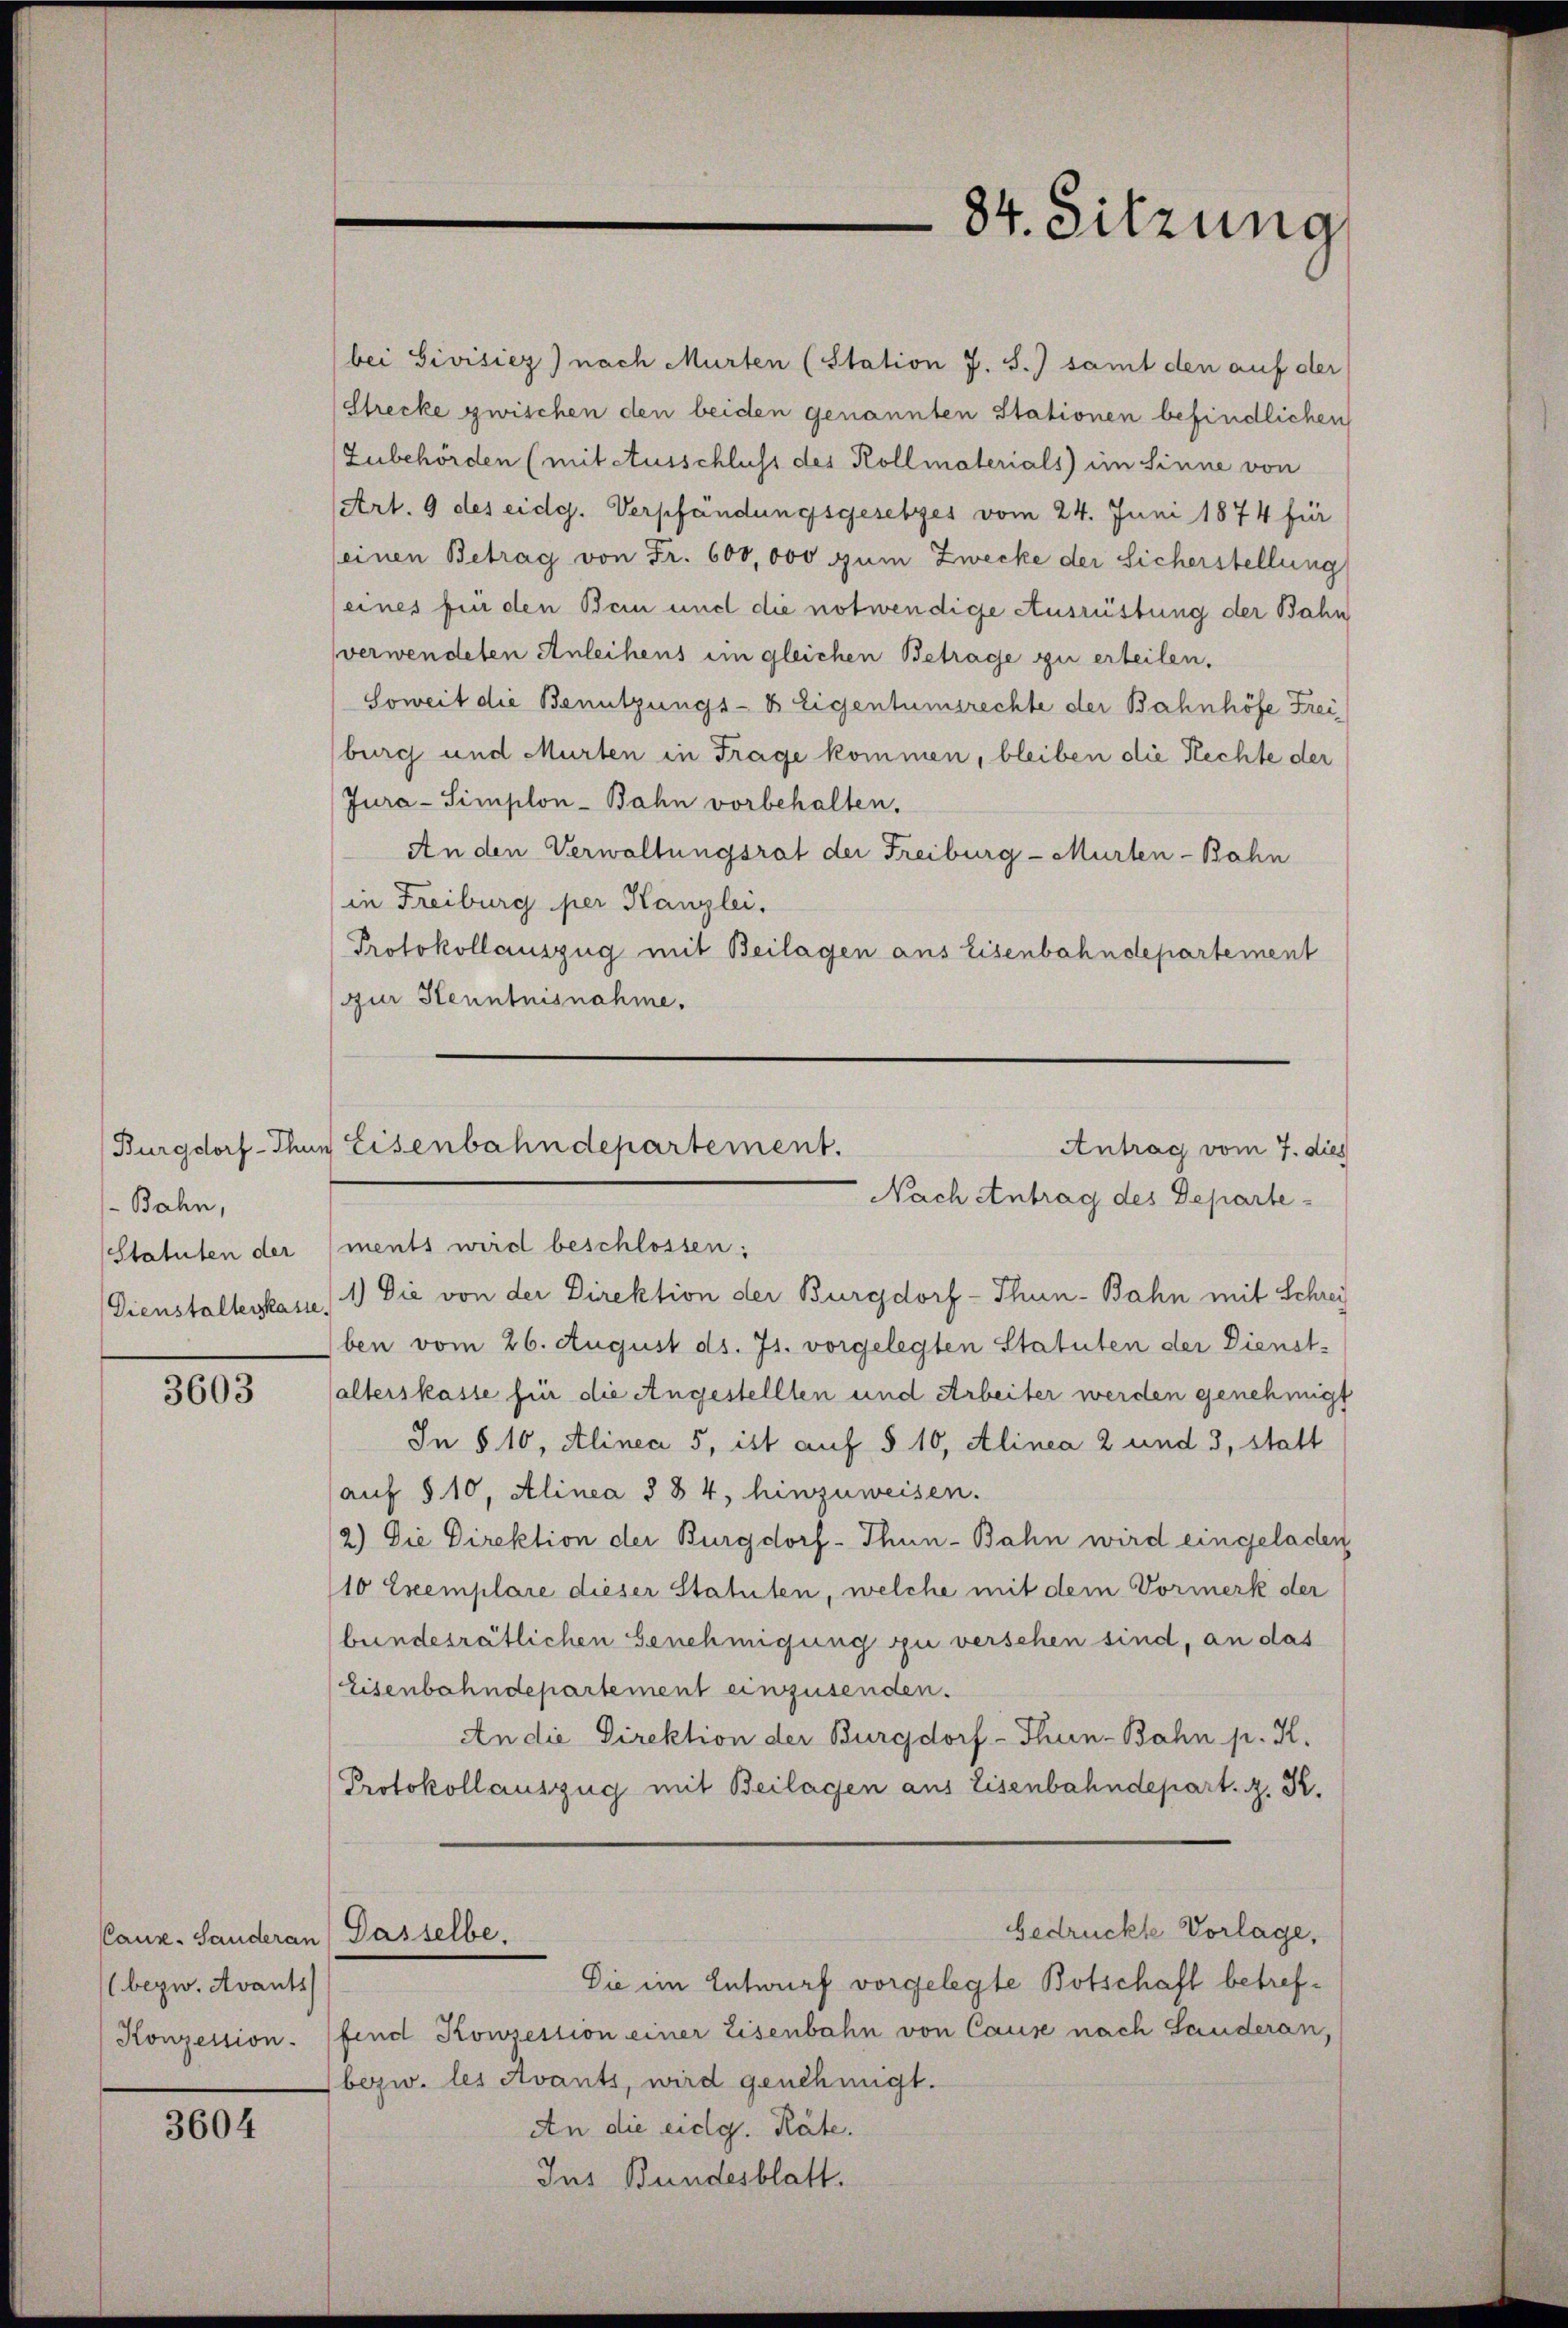
-Bahn,
Statuten der
Dienstaltenkasse.

3603

bei Sivisiez) nach Murten (Station J. S.) samt den auf der
Strecke zwischen den beiden genannten Stationen befindlichen
Zubehörden (mit Ausschluss des Kollmaterials im Sinne von
Art. 9 des eidg. Verpfändungsgesetzes vom 24. Juni 1874 für
(einen Betrag von Fr. 600,000 zum Zwecke der Sicherstellung
eines für den Bein und die notwendige Ausrüstung der Bahn
verwendeten Anleihens im gleichen Betrage zu erteilen.
Soweit die Benutzungs- & Eigentumsrechte der Bahnhöfe Freiburg und Murten in Frage kommen, bleiben die Rechte der
Jura-Simplon-Bahn vorbehalten.
An den Verwaltungsrat der Freiburg - Murten-Bahn
in Freiburg per Kanzlei.
Protokollauszug mit Beilagen aus Eisenbahndepartement
zur Kenntnisnahme.

Caux. Sanderan
bezw. Avants
Konzession.

3604

84. Sitzung

ments wird beschlossen:
1.) Die von der Direktion der Burgdorf - Thun-Bahn mit Schrei
ben vom 26. August ds. 71. vorgelegten Statuten der Dienst-
alterskasse für die Angestellten und Arbeiter werden genehmigt
In § 10, Alinea 5, ist auf § 10, Alinea 2 und 3, statt
(auf § 10, Alinea § 84, hinzuweisen.
2.) Die Direktion der Burgdorf - Thun-Bahn wird eingeladen
10 Exemplare dieser Statuten, welche mit dem Vormerk der
bundesrätlichen Genehmigung zu verschen sind, an das
Eisenbahndepartement einzusenden.
An die Direktion der Burgdorf - Thun-Bahn p. K.
Protokollauszug mit Beilagen aus Eisenbahndepart. z. K.
bedrückte Vorlage,
Dasselbe.
Die im Entwurf vorgelegte Botschaft betreffend Konzession einer Eisenbahn von Cause nach Landeran,
bezw. les Avants, wird genehmigt.
An die eidg. Räte.
Ins Bundesblatt.

Burgdorf - Thun Eisenbahndepartement.
Antrag vom 7. dies
Nach Antrag des Departe-